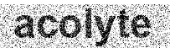
acolyte